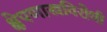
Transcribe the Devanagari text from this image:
क्षेपणास्त्रविरोधी